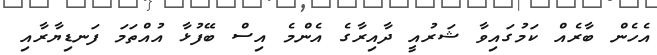
އެހެން ބާރެއް ކަމުގައިވާ ޝަރުއީ ދާއިރާގެ އެންމެ އިސް ބޭފުޅާ އުއްތަމަ ފަނޑިޔާރާއި